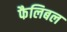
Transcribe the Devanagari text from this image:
फैलिबल